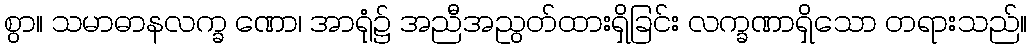
စွာ။ သမာဓာနလက္ခ ဏော၊ အာရုံ၌ အညီအညွတ်ထားရှိခြင်း လက္ခဏာရှိသော တရားသည်။